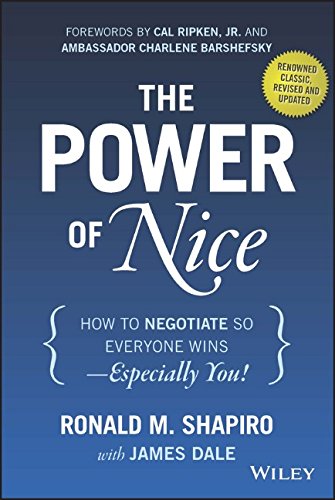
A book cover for The Power of Nice: How to Negotiate So Everyone Wins - Especially You!; Ronald M. Shapiro; Business & Money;